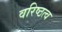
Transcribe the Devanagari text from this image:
वरिष्ठत्व